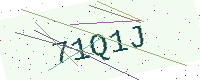
Text: 71Q1J